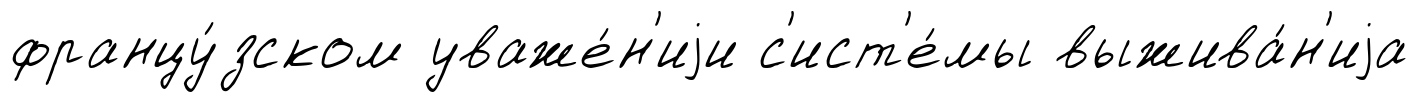
францу́зском уваже́н'иjи с'ист'е́мы выжива́н'иjа